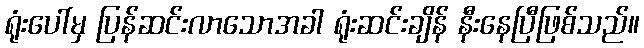
ရုံးပေါ်မှ ပြန်ဆင်းလာသောအခါ ရုံးဆင်းချိန် နီးနေပြီဖြစ်သည်။